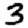
Digit: 3